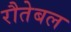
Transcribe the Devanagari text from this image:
रौतेबल